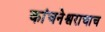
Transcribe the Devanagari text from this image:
कांचनेश्वराचाच